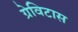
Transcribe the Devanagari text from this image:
ग्रेविटास